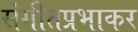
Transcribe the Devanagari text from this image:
संगीतप्रभाकर